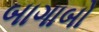
બાગાબો